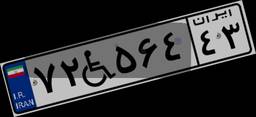
۷۲W۵۶۴۴۳